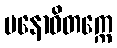
မနောဝိတက္ကေ